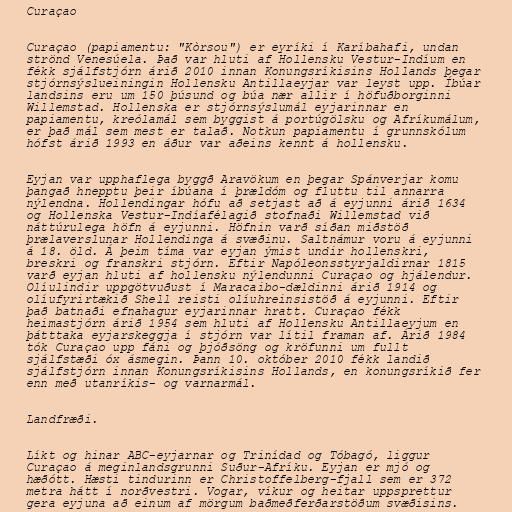
Curaçao

Curaçao (papiamentu: "Kòrsou") er eyríki í Karíbahafi, undan
strönd Venesúela. Það var hluti af Hollensku Vestur-Indíum en
fékk sjálfstjórn árið 2010 innan Konungsríkisins Hollands þegar
stjórnsýslueiningin Hollensku Antillaeyjar var leyst upp. Íbúar
landsins eru um 150 þúsund og búa nær allir í höfuðborginni
Willemstad. Hollenska er stjórnsýslumál eyjarinnar en
papiamentu, kreólamál sem byggist á portúgölsku og Afríkumálum,
er það mál sem mest er talað. Notkun papiamentu í grunnskólum
hófst árið 1993 en áður var aðeins kennt á hollensku.

Eyjan var upphaflega byggð Aravökum en þegar Spánverjar komu
þangað hnepptu þeir íbúana í þrældóm og fluttu til annarra
nýlendna. Hollendingar hófu að setjast að á eyjunni árið 1634
og Hollenska Vestur-Indíafélagið stofnaði Willemstad við
náttúrulega höfn á eyjunni. Höfnin varð síðan miðstöð
þrælaverslunar Hollendinga á svæðinu. Saltnámur voru á eyjunni
á 18. öld. Á þeim tíma var eyjan ýmist undir hollenskri,
breskri og franskri stjórn. Eftir Napóleonsstyrjaldirnar 1815
varð eyjan hluti af hollensku nýlendunni Curaçao og hjálendur.
Olíulindir uppgötvuðust í Maracaibo-dældinni árið 1914 og
olíufyrirtækið Shell reisti olíuhreinsistöð á eyjunni. Eftir
það batnaði efnahagur eyjarinnar hratt. Curaçao fékk
heimastjórn árið 1954 sem hluti af Hollensku Antillaeyjum en
þátttaka eyjarskeggja í stjórn var lítil framan af. Árið 1984
tók Curaçao upp fáni og þjóðsöng og kröfunni um fullt
sjálfstæði óx ásmegin. Þann 10. október 2010 fékk landið
sjálfstjórn innan Konungsríkisins Hollands, en konungsríkið fer
enn með utanríkis- og varnarmál.

Landfræði.

Líkt og hinar ABC-eyjarnar og Trinídad og Tóbagó, liggur
Curaçao á meginlandsgrunni Suður-Afríku. Eyjan er mjó og
hæðótt. Hæsti tindurinn er Christoffelberg-fjall sem er 372
metra hátt í norðvestri. Vogar, víkur og heitar uppsprettur
gera eyjuna að einum af mörgum baðmeðferðarstöðum svæðisins.